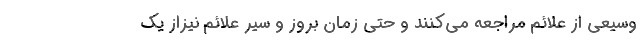
وسیعی از علائم مراجعه می‌کنند و حتی زمان بروز و سیر علائم نیزاز یک